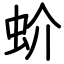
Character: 蚧